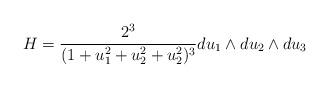
LaTeX: \begin{align*}H=\frac{2^3}{(1+u_1^2+u_2^2+u_2^2)^3}du_1\wedge du_2\wedge du_3\end{align*}